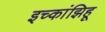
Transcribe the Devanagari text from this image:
इच्कांझिहू